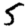
Digit: 5